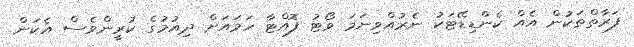
ފަރާތްތަކުން އެއް ކެންޑިޑޭޓަކު ނެރުއްވިނަމަ ވޯޓު ފޮއްޓާ ހަމައަށް ދިއުމުގެ ކުރީންވެސް އެކަން